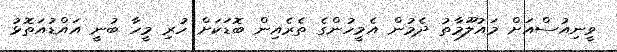
ވީނިއުސްއަށް މައުލޫމާތު ދެމުން އެމީހުންގެ ތެރެއިން ބޮޑަކަށް ހުރި މީހާ ބުނީ އައްޑުއަތޮޅު